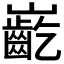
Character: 𪩟